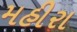
મહીરા